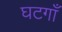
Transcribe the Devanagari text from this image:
घटगाँ